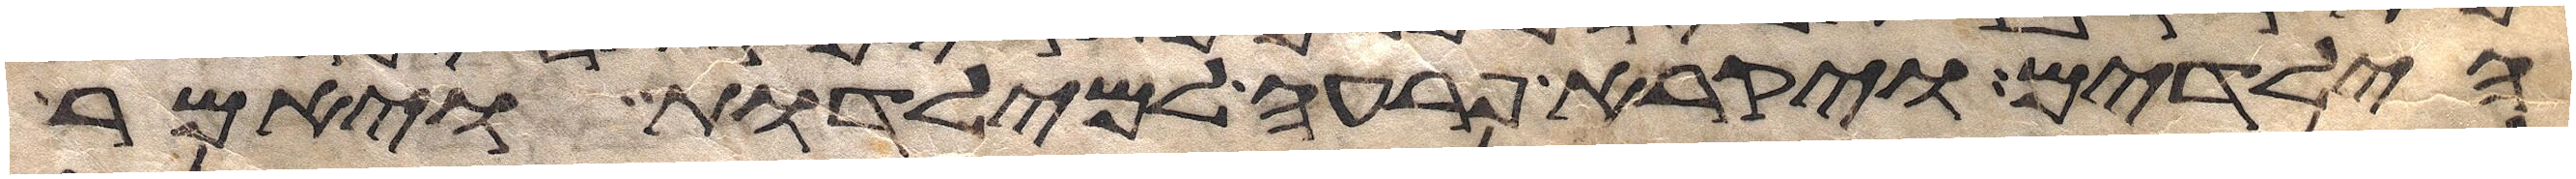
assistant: הילדים ויקרא פרעה למילדות ויאמר